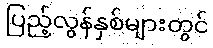
ပြည့်လွန်နှစ်များတွင်